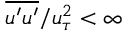
\overline { { u ^ { \prime } u ^ { \prime } } } / u _ { \tau } ^ { 2 } < \infty